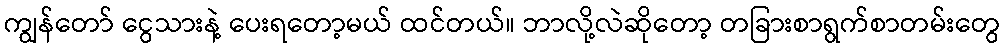
ကျွန်တော် ငွေသားနဲ့ ပေးရတော့မယ် ထင်တယ်။ ဘာလို့လဲဆိုတော့ တခြားစာရွက်စာတမ်းတွေ